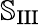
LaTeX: \mathbb{S}_{\textrm{III}}